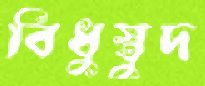
বিধুস্তুদ